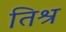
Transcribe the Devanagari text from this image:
तिश्र